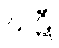
ဃဋီ